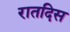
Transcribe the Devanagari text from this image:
रातदिस